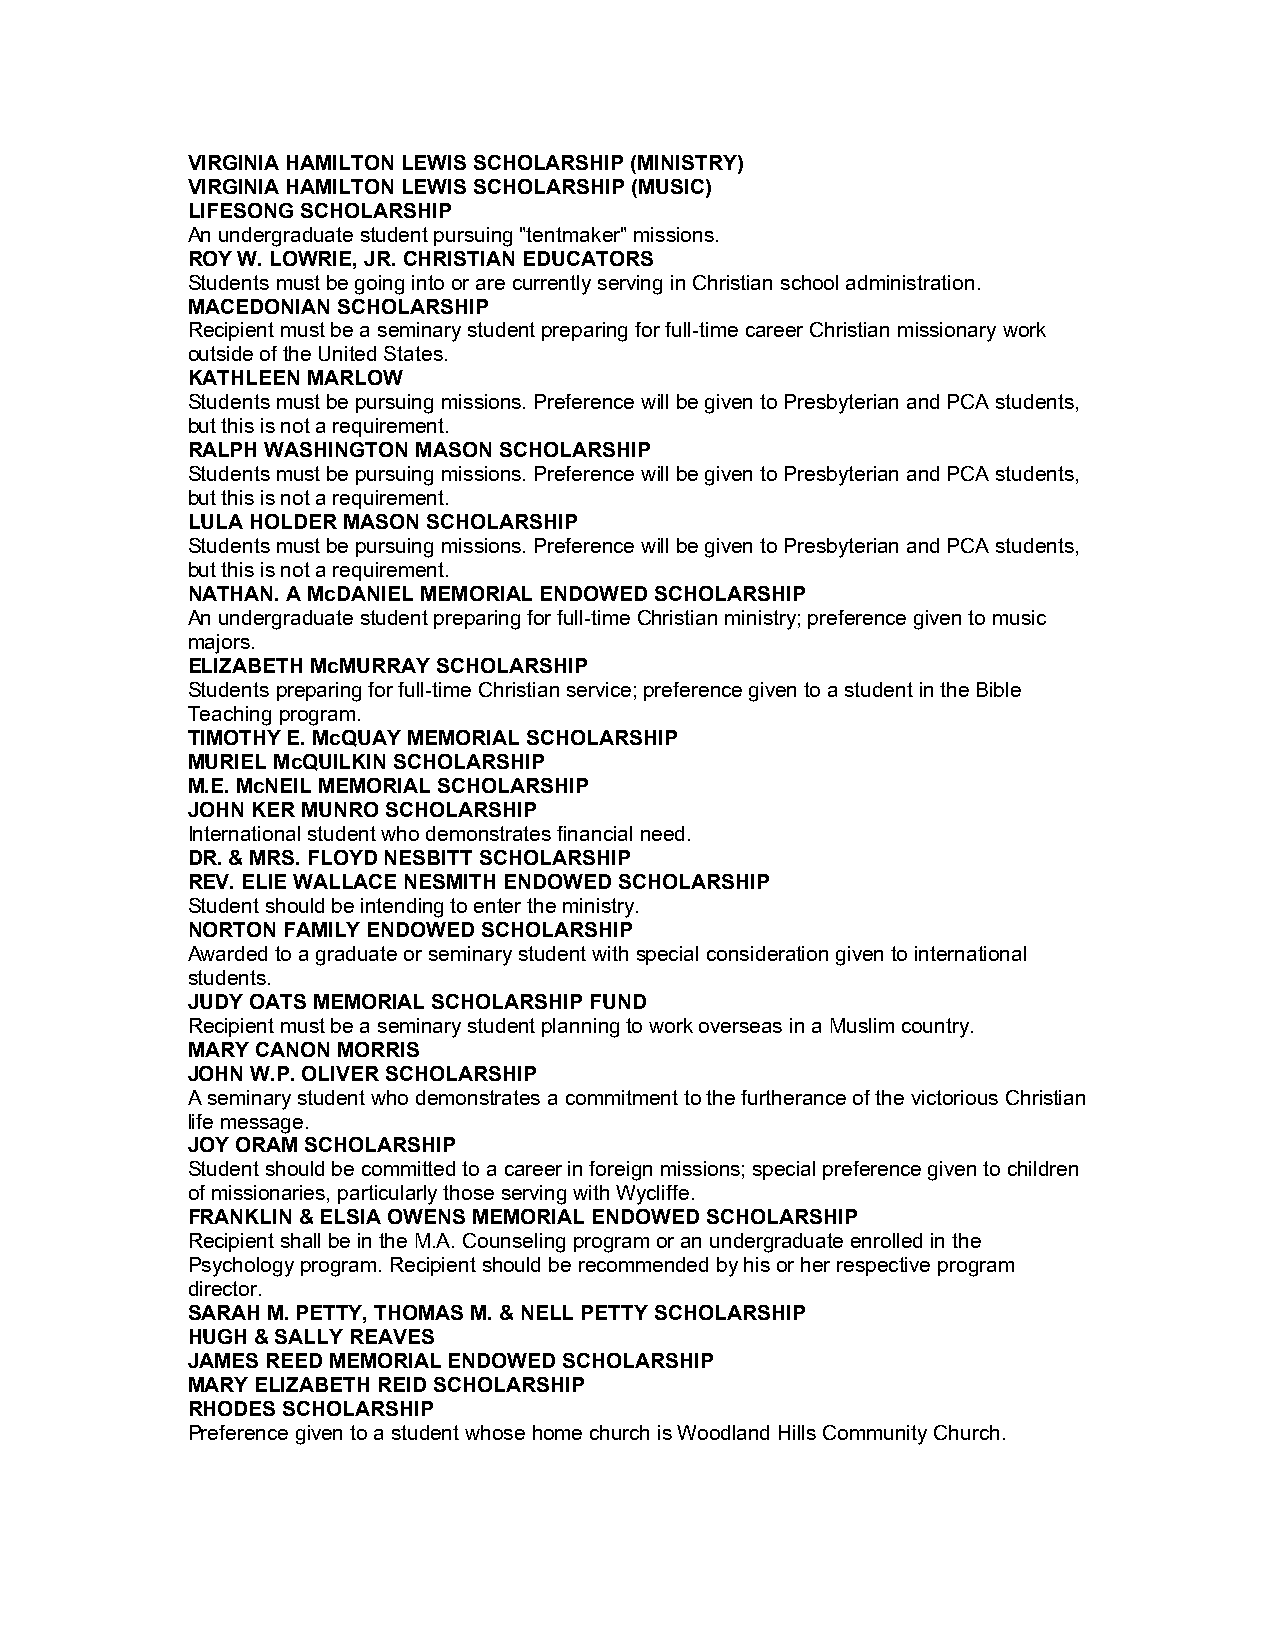
VIRGINIA HAMILTON LEWIS SCHOLARSHIP (MINISTRY)
 VIRGINIA HAMILTON LEWIS SCHOLARSHIP (MUSIC)
 LIFESONG SCHOLARSHIP
 An undergraduate student pursuing "tentmaker" missions.
 ROY W. LOWRIE, JR. CHRISTIAN EDUCATORS
 Students must be going into or are currently serving in Christian school administration.
 MACEDONIAN SCHOLARSHIP
 Recipient must be a seminary student preparing for full-time career Christian missionary work
 outside of the United States.
 KATHLEEN MARLOW
 Students must be pursuing missions. Preference will be given to Presbyterian and PCA students,
 but this is not a requirement.
 RALPH WASHINGTON MASON SCHOLARSHIP
 Students must be pursuing missions. Preference will be given to Presbyterian and PCA students,
 but this is not a requirement.
 LULA HOLDER MASON SCHOLARSHIP
 Students must be pursuing missions. Preference will be given to Presbyterian and PCA students,
 but this is not a requirement.
 NATHAN. A McDANIEL MEMORIAL ENDOWED SCHOLARSHIP
 An undergraduate student preparing for full-time Christian ministry; preference given to music
 majors.
 ELIZABETH McMURRAY SCHOLARSHIP
 Students preparing for full-time Christian service; preference given to a student in the Bible
 Teaching program.
 TIMOTHY E. McQUAY MEMORIAL SCHOLARSHIP
 MURIEL McQUILKIN SCHOLARSHIP
 M.E. McNEIL MEMORIAL SCHOLARSHIP
 JOHN KER MUNRO SCHOLARSHIP
 International student who demonstrates financial need.
 DR. & MRS. FLOYD NESBITT SCHOLARSHIP
 REV. ELIE WALLACE NESMITH ENDOWED SCHOLARSHIP
 Student should be intending to enter the ministry.
 NORTON FAMILY ENDOWED SCHOLARSHIP
 Awarded to a graduate or seminary student with special consideration given to international
 students.
 JUDY OATS MEMORIAL SCHOLARSHIP FUND
 Recipient must be a seminary student planning to work overseas in a Muslim country.
 MARY CANON MORRIS
 JOHN W.P. OLIVER SCHOLARSHIP
 A seminary student who demonstrates a commitment to the furtherance of the victorious Christian
 life message.
 JOY ORAM SCHOLARSHIP
 Student should be committed to a career in foreign missions; special preference given to children
 of missionaries, particularly those serving with Wycliffe.
 FRANKLIN & ELSIA OWENS MEMORIAL ENDOWED SCHOLARSHIP
 Recipient shall be in the M.A. Counseling program or an undergraduate enrolled in the
 Psychology program. Recipient should be recommended by his or her respective program
 director.
 SARAH M. PETTY, THOMAS M. & NELL PETTY SCHOLARSHIP
 HUGH & SALLY REAVES
 JAMES REED MEMORIAL ENDOWED SCHOLARSHIP
 MARY ELIZABETH REID SCHOLARSHIP
 RHODES SCHOLARSHIP
 Preference given to a student whose home church is Woodland Hills Community Church.